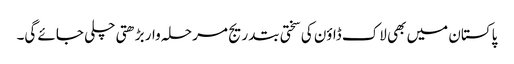
پاکستان میں بھی لاک ڈاؤن کی سختی بتدریج مرحلہ وار بڑھتی چلی جائے گی۔